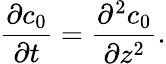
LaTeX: \frac{\partial c_{0}}{\partial t}=\frac{\partial^{2}c_{0}}{\partial z^{2}}.